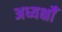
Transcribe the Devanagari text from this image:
अध्यक्षोँ